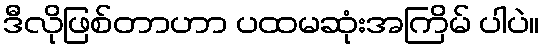
ဒီလိုဖြစ်တာဟာ ပထမဆုံးအကြိမ် ပါပဲ။